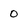
Character: 0